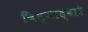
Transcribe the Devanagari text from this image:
विम्याद्वारे